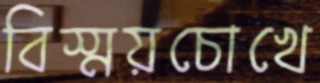
বিস্ময়চোখে